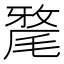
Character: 𣯛